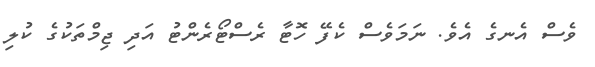
ވެސް އެނގެ އެވެ. ނަމަވެސް ކެފޭ ހޮޓާ ރެސްޓޯރެންޓު އަދި ޖިމްތަކުގެ ކުލި